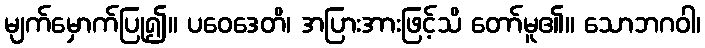
မျက်မှောက်ပြု၍။ ပဝေဒေတိ၊ အပြားအားဖြင့်သိ တော်မူ၏။ သောဘဂဝါ၊